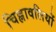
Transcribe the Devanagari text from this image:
चिह्नावलियों